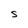
Character: S